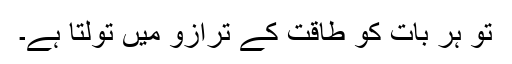
تو ہر بات کو طاقت کے ترازو میں تولتا ہے۔